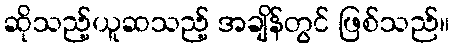
ဆိုသည့်ယူဆသည့် အချိန်တွင် ဖြစ်သည်။